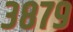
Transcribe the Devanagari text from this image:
३८७९